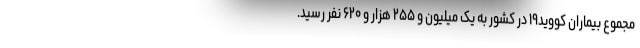
مجموع بیماران کووید۱۹ در کشور به یک میلیون و ۲۵۵ هزار و ۶۲۰ نفر رسید.